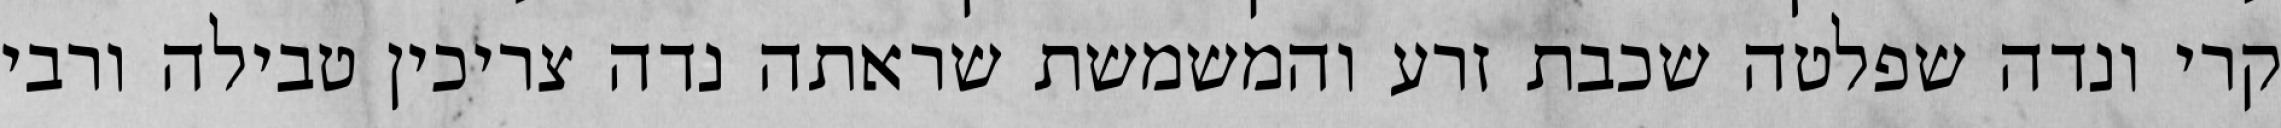
קרי ונדה שפלטה שכבת זרע והמשמשת שראתה נדה צריכין טבילה ורבי